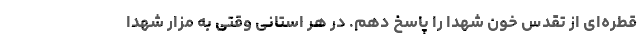
قطره‌ای از تقدس خون شهدا را پاسخ دهم. در هر استانی وقتی به مزار شهدا